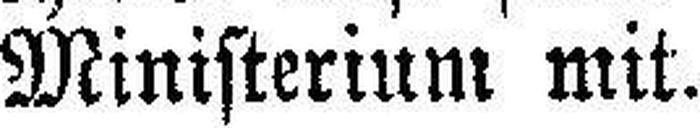
Ministerium mit.